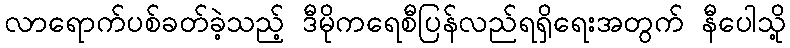
လာရောက်ပစ်ခတ်ခဲ့သည့် ဒီမိုကရေစီပြန်လည်ရရှိရေးအတွက် နီပေါသို့